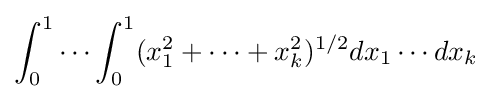
\int _{0}^{1}\cdots \int _{0}^{1}(x_{1}^{2}+\cdots +x_{k}^{2})^{1/2}dx_{1}\cdots dx_{k}